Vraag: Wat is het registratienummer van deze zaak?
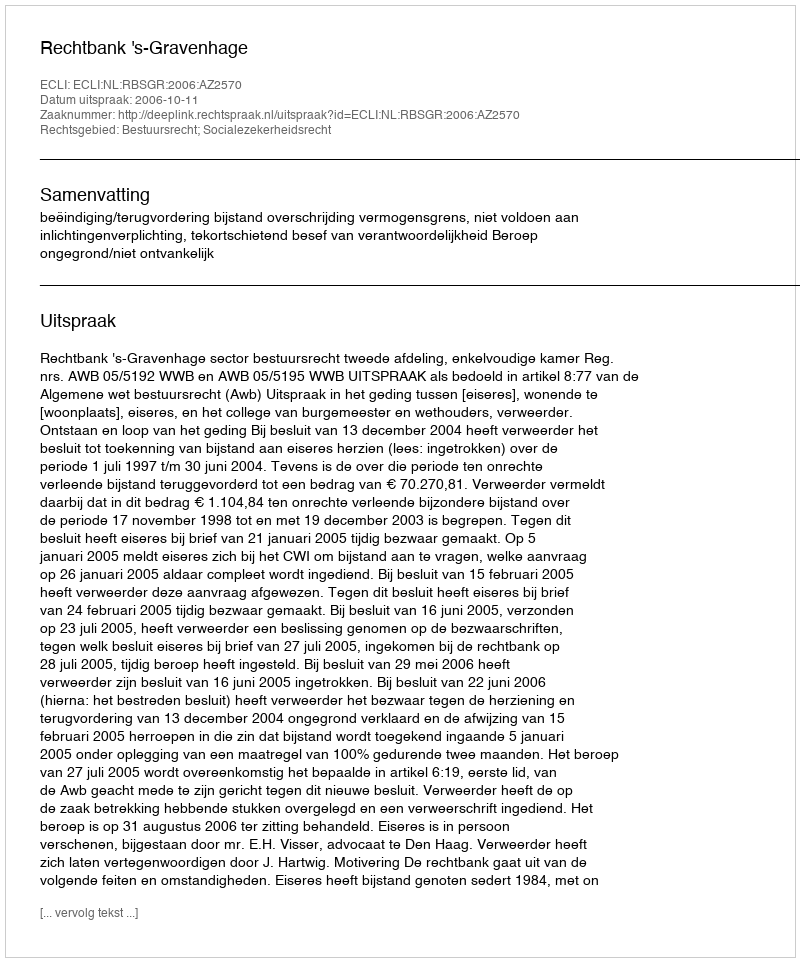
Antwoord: http://deeplink.rechtspraak.nl/uitspraak?id=ECLI:NL:RBSGR:2006:AZ2570